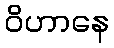
ဝိဟာနေ